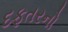
દફતરનો